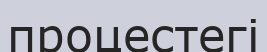
процестегі